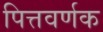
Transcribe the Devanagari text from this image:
पित्तवर्णक